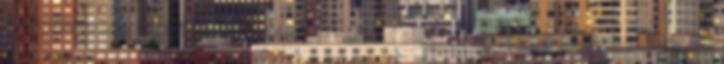
Magyarország társfinanszírozásával valósul meg. 21 22 modul majdnem 60%-ot